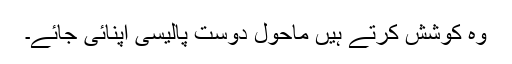
وہ کوشش کرتے ہیں ماحول دوست پالیسی اپنائی جائے۔